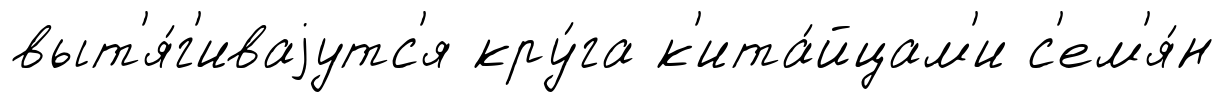
выт'я́г'иваjутс'я кру́га к'ита́йцам'и с'ем'я́н